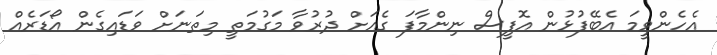
އެހެންވީމަ އެބޭފުޅުން އޮފީސް ނިންމާފަ ގެއަށް ދުރުވާ މަގުމަތީ މިތަނަށް ވަޑައިގެން އޯޑަރެއް